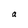
Character: a